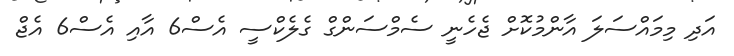
އަދި މިމައްސަލަ އާންމުކޮށް ޖެހެނީ ސެމްސަންގް ގެލެކްސީ އެސް6 އާއި އެސް6 އެޖް